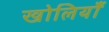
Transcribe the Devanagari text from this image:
खोलियाँ